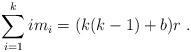
LaTeX: \begin{align*} \sum^{k}_{i=1}im_{i}=(k(k-1)+b)r\;. \end{align*}